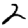
Digit: 2